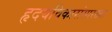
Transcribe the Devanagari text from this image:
हृदयविकारांसारख्या